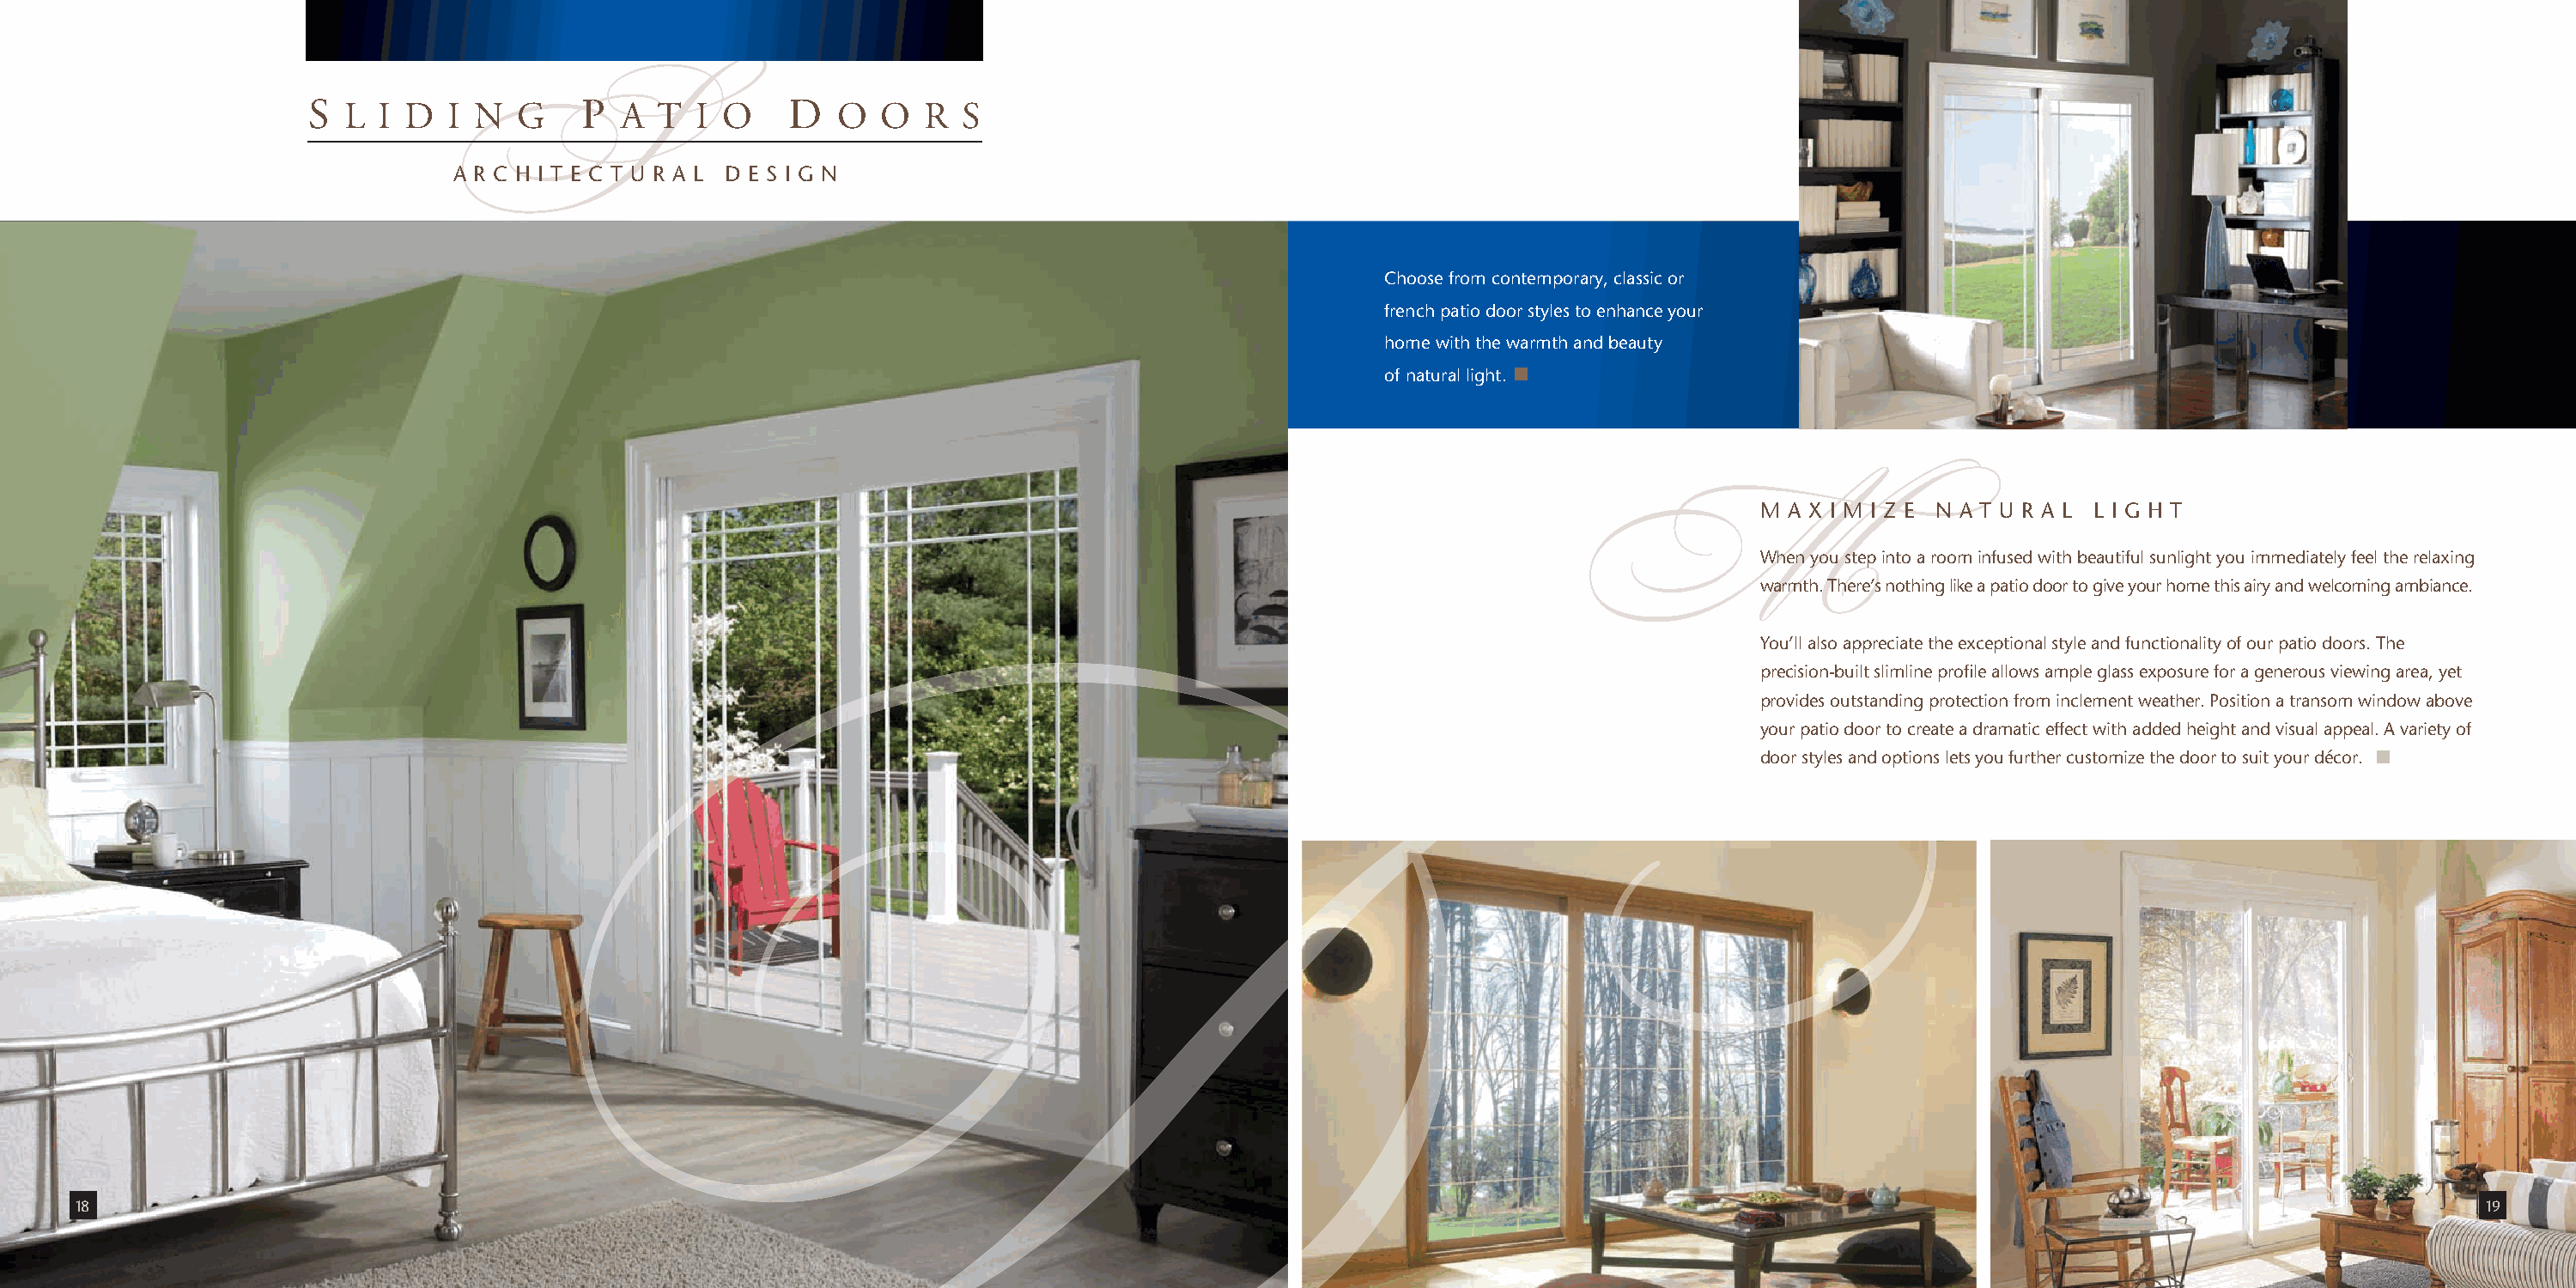
S  L I D   I N  G    P  A  T  I O    D   O  O  R  S
 A R C H I T E C T U R A L D E S I G N
 S
 Choose from contemporary, classic or
 french patio door styles to enhance your
 home with the warmth and beauty
 of natural light.
 M A X I M I Z E N A T U R A L L I G H T
 When you step into a room infused with beautiful sunlight you immediately feel the relaxing
 warmth. There’s nothing like a patio door to give your home this airy and welcoming ambiance.
 M
 You’ll also appreciate the exceptional style and functionality of our patio doors. The
 precision-built slimline profile allows ample glass exposure for a generous viewing area, yet
 provides outstanding protection from inclement weather. Position a transom window above
 your patio door to create a dramatic effect with added height and visual appeal. A variety of
 door styles and options lets you further customize the door to suit your décor.
 18                                                                                                                                                                                        19